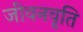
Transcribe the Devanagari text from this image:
जीवनवृति